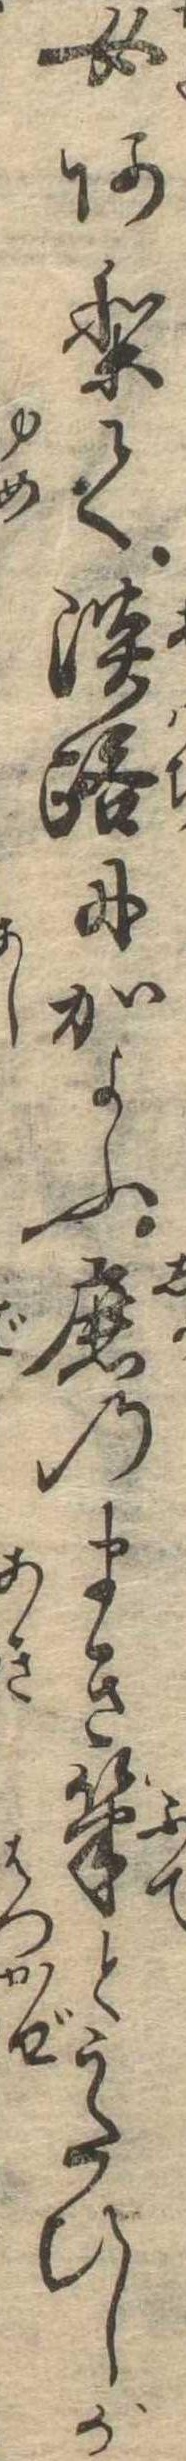
女ありて淡路にかよふ鹿のまき筆とうたひしが